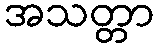
အသတ္တာ